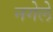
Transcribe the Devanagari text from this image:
नगेले